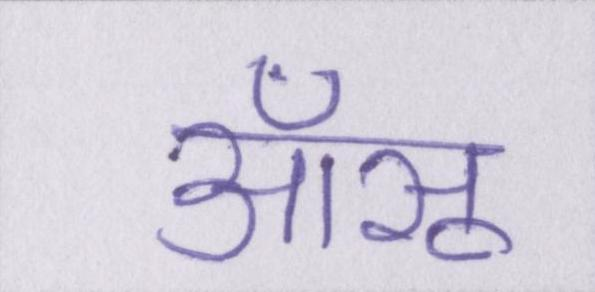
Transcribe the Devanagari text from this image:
आँसू